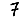
Digit: 7